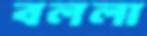
বললা